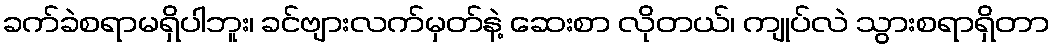
ခက်ခဲစရာမရှိပါဘူး၊ ခင်ဗျားလက်မှတ်နဲ့ ဆေးစာ လိုတယ်၊ ကျုပ်လဲ သွားစရာရှိတာ